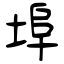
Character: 埠